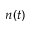
n ( t )